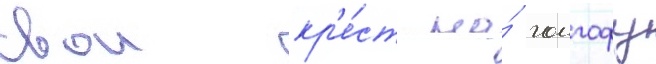
свои кр'е́ст на́ голгофу